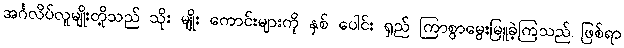
အင်္ဂလိပ်လူမျိုးတို့သည် သိုး မျိုး ကောင်းများကို နှစ် ပေါင်း ရှည် ကြာစွာမွေးမြူခဲ့ကြသည် ဖြစ်ရာ